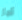
أجل